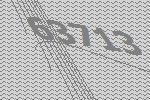
63713